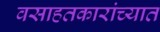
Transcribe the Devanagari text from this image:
वसाहतकारांच्यात